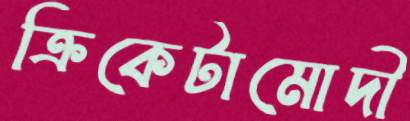
ক্রিকেটামোদী